38_143685_box_Incident_Summaries_101-172
Agency: Department of War
Page 23
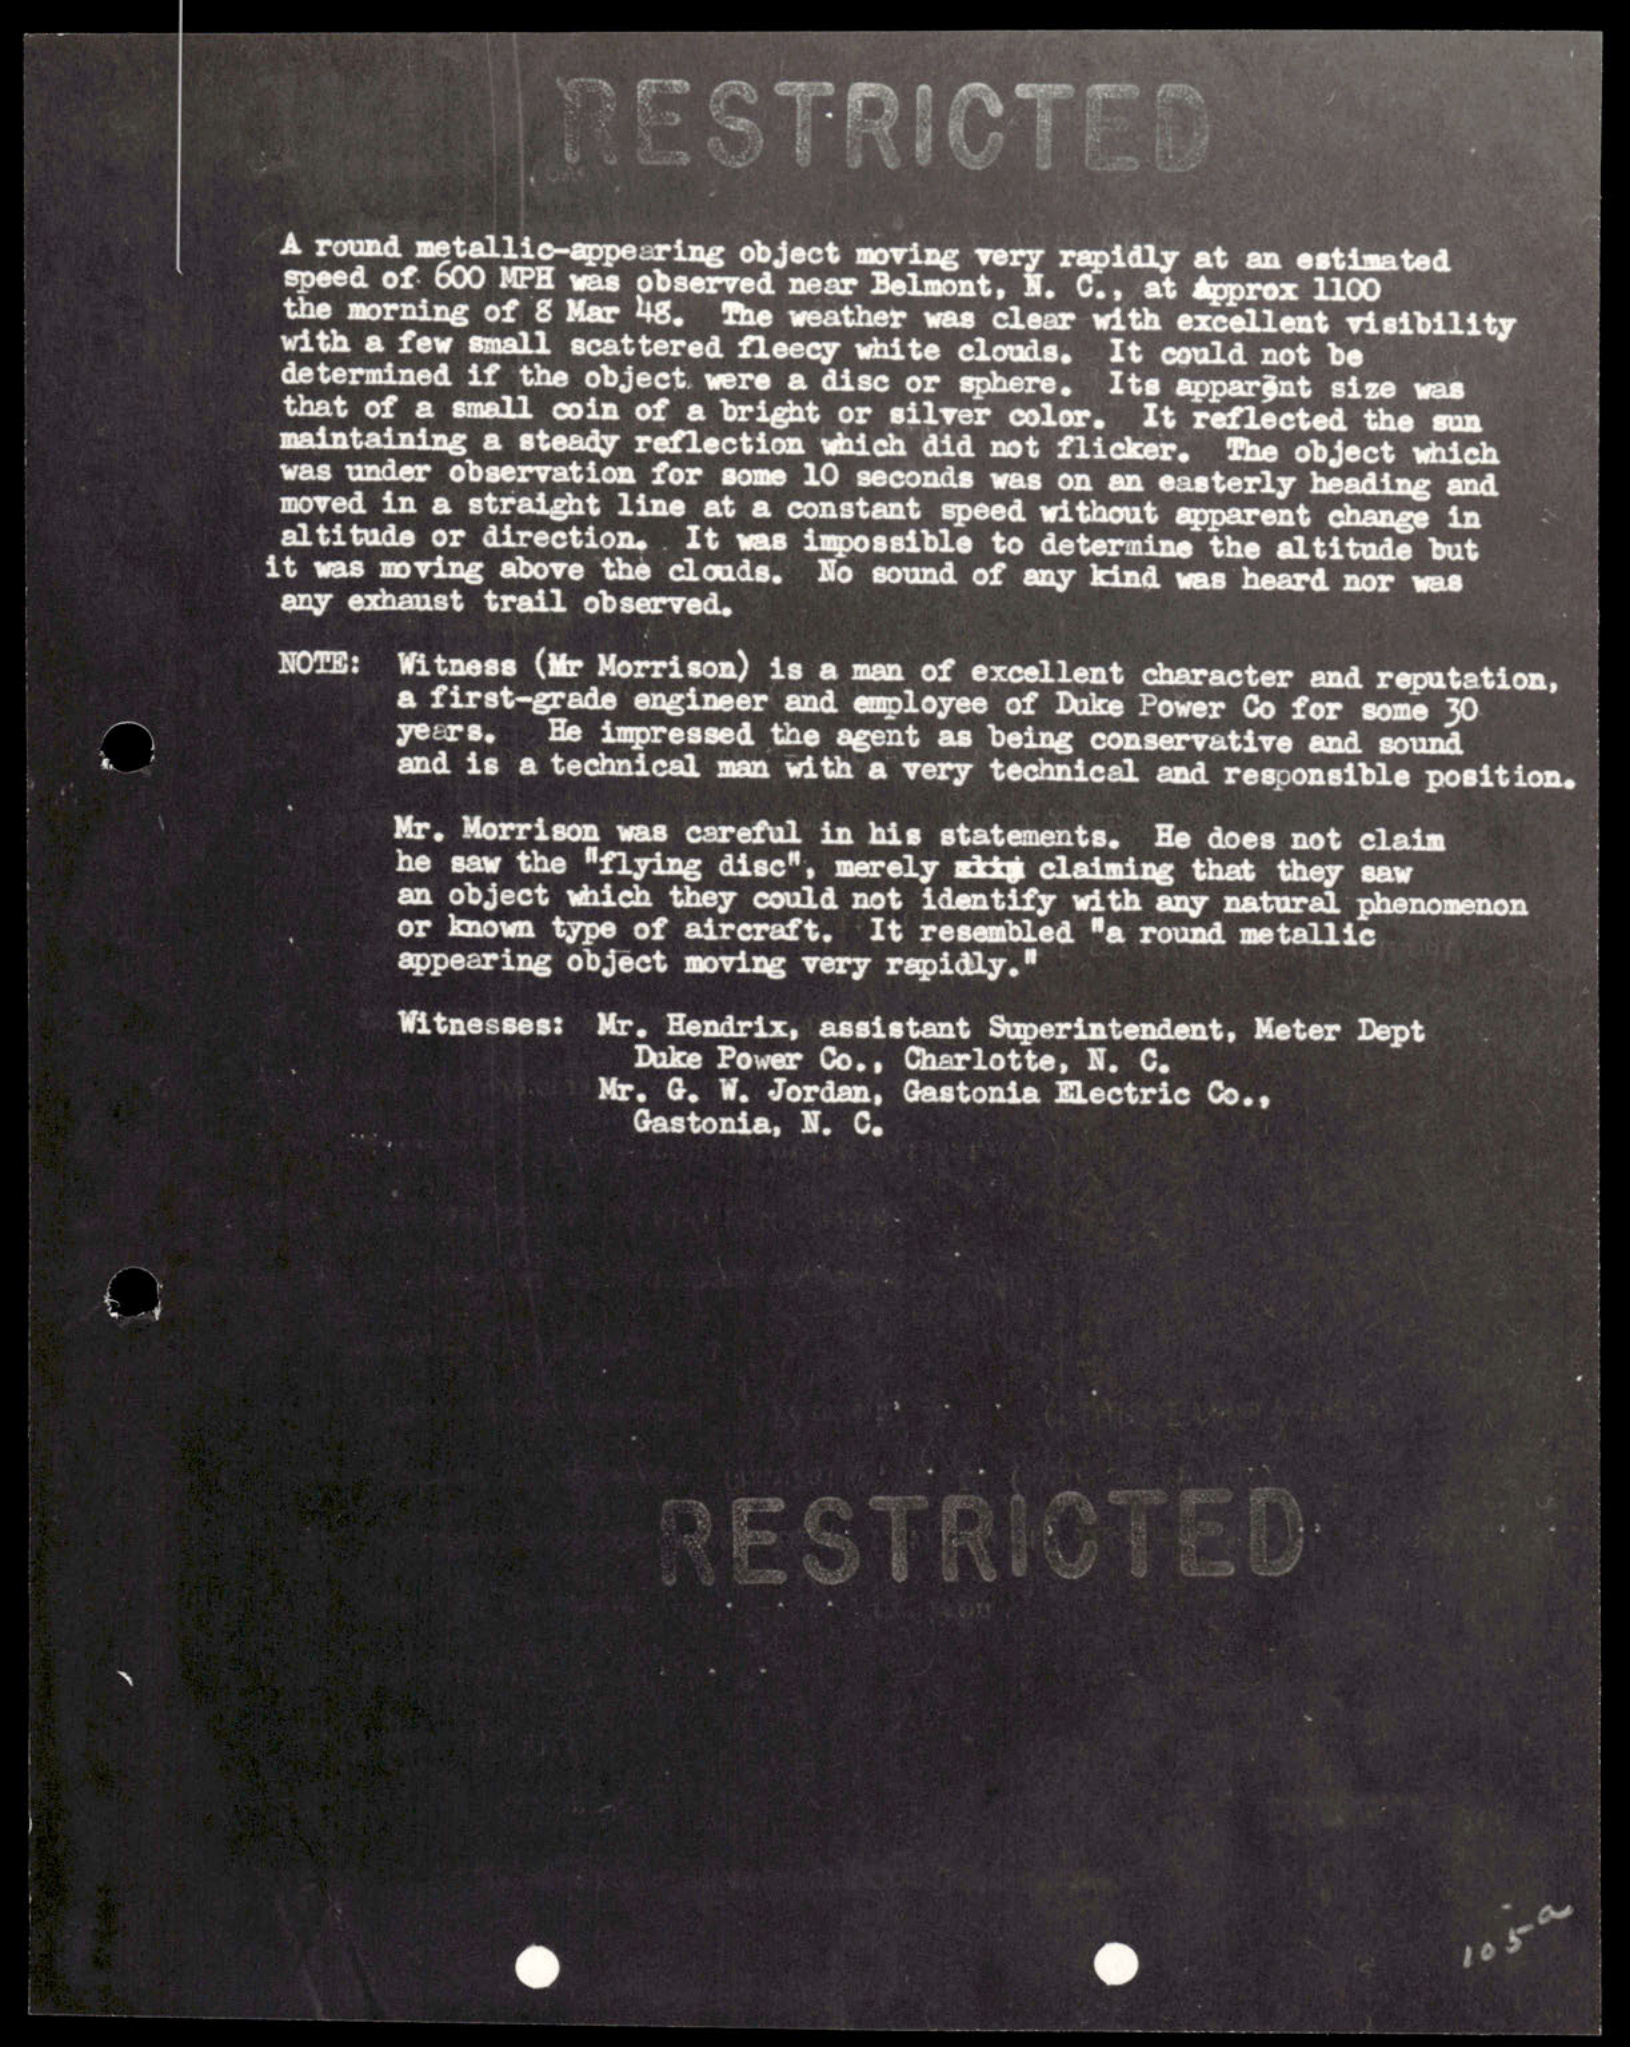